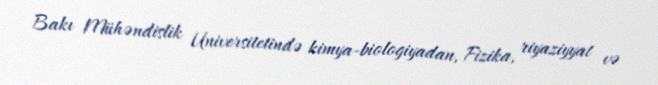
Bakı Mühəndislik Universitetində kimya-biologiyadan, Fizika, riyaziyyat və